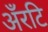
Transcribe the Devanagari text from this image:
अँरटि